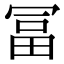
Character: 冨